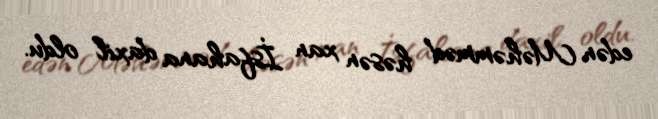
edən Məhəmməd həsən xan İsfahana daxil oldu.